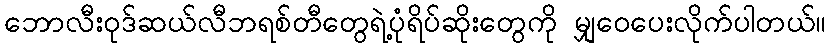
ဘောလီးဝုဒ်ဆယ်လီဘရစ်တီတွေရဲ့ပုံရိပ်ဆိုးတွေကို မျှဝေပေးလိုက်ပါတယ်။